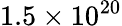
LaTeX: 1.5\times 10^{20}